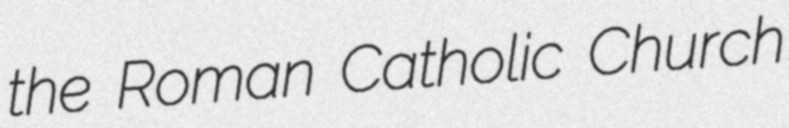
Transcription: the Roman Catholic Church